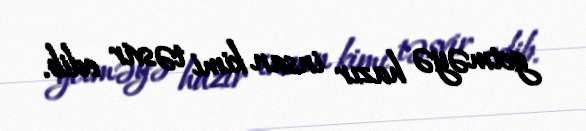
getməyə hazır insan kimi təsvir edib.